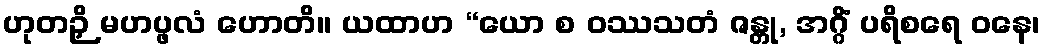
ဟုတဉှိ မဟပ္ဖလံ ဟောတိ။ ယထာဟ “ယော စ ဝဿသတံ ဇန္တု, အဂ္ဂိံ ပရိစရေ ဝနေ၊